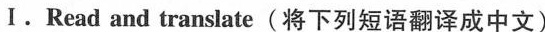
Ⅰ.Read and translate(将下列短语翻译成中文)